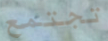
تجتمع